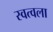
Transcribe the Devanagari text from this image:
स्वत्वला